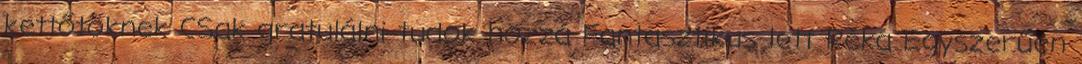
kettőtöknek CSak gratulálni tudok hozzá Fantasztikus lett Réka Egyszerűen